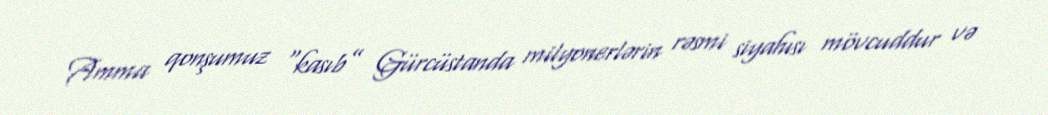
Amma qonşumuz “kasıb” Gürcüstanda milyonerlərin rəsmi siyahısı mövcuddur və